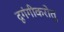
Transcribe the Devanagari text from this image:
दृगंगीकरोतु